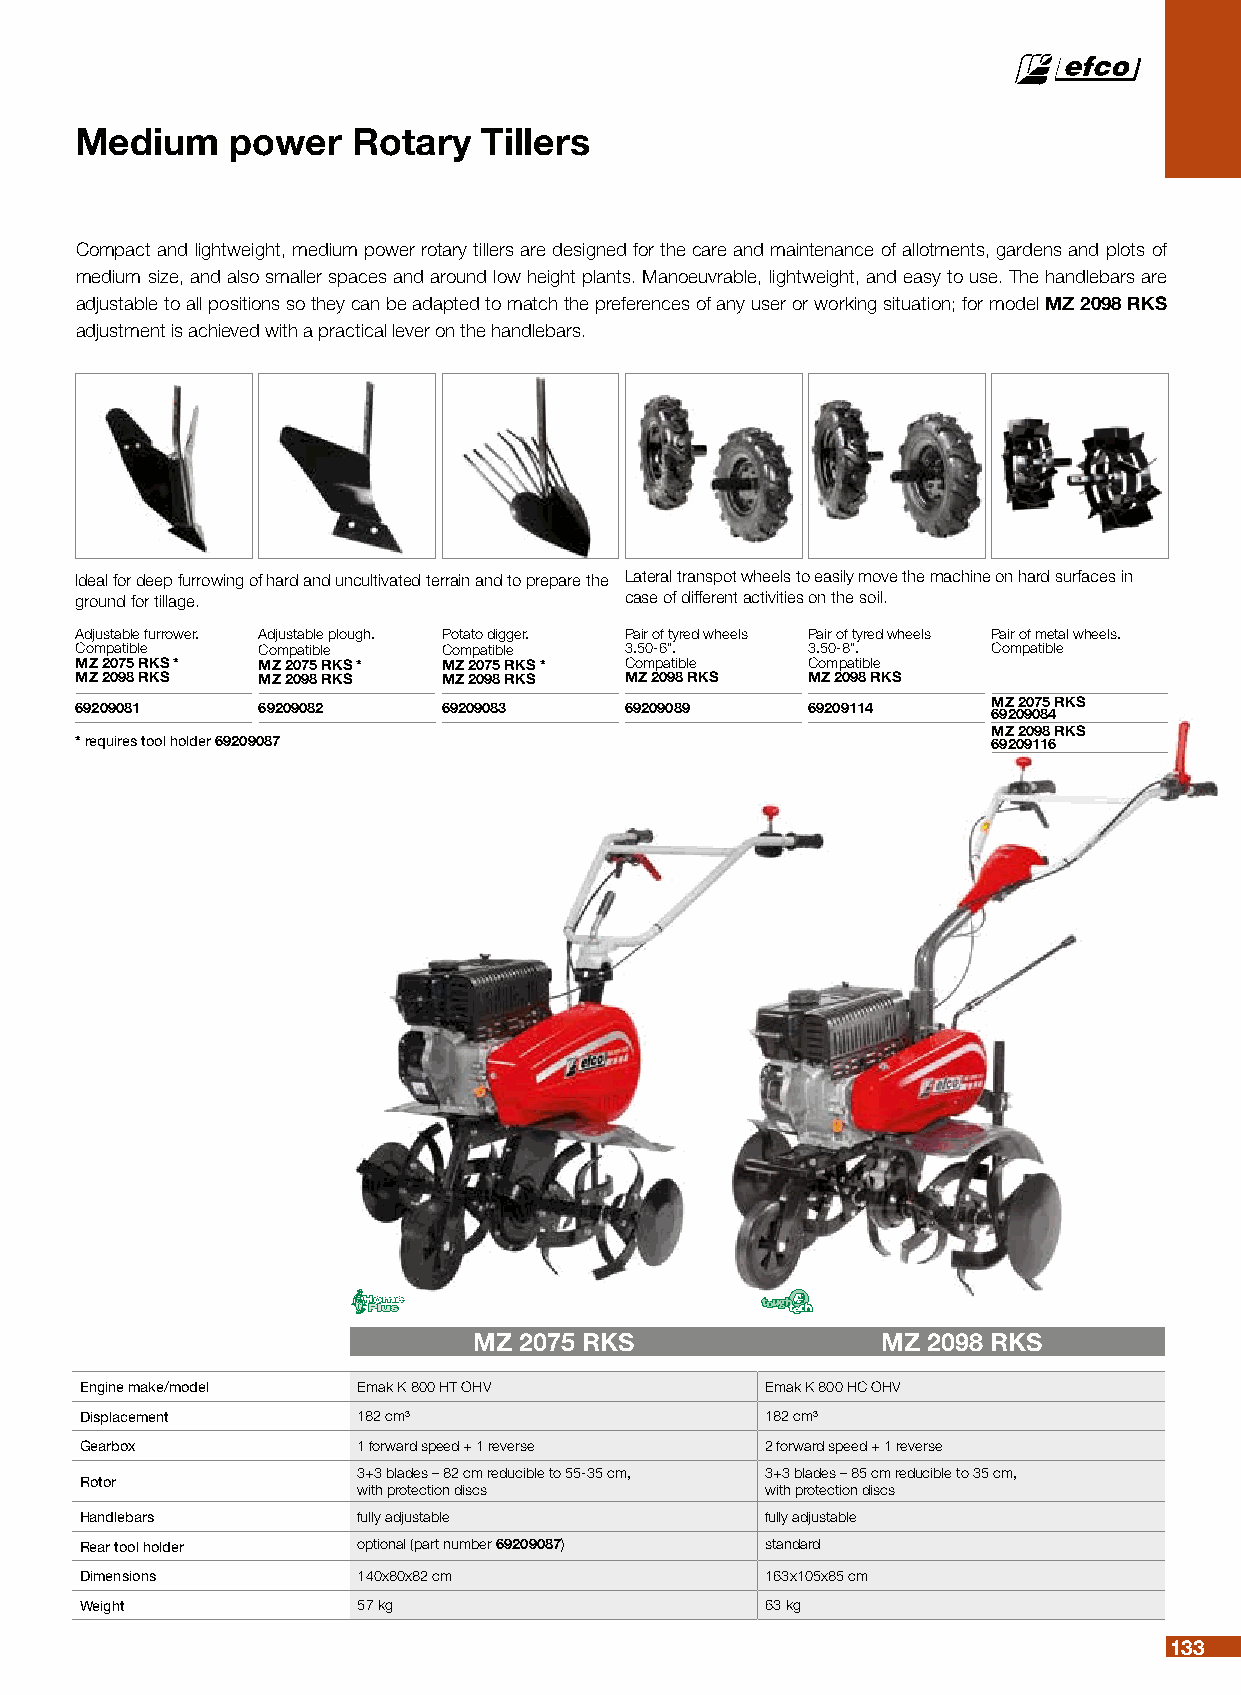
Medium    power   Rotary   Tillers
 Compact and lightweight, medium power rotary tillers are designed for the care and maintenance of allotments, gardens and plots of
 medium size, and also smaller spaces and around low height plants. Manoeuvrable, lightweight, and easy to use. The handlebars are
 adjustable to all positions so they can be adapted to match the preferences of any user or working situation; for model MZ 2098 RKS
 adjustment is achieved with a practical lever on the handlebars.
 Ideal for deep furrowing of hard and uncultivated terrain and to prepare the Lateral transpot wheels to easily move the machine on hard surfaces in
 ground for tillage.                 case of different activities on the soil.
 Adjustable furrower. Adjustable plough. Potato digger. Pair of tyred wheels Pair of tyred wheels Pair of metal wheels.
 Compatible  Compatible  Compatible  3.50-6”.    3.50-8”.     Compatible
 MZ 2075 RKS * MZ 2075 RKS * MZ 2075 RKS * Compatible Compatible
 MZ 2098 RKS MZ 2098 RKS MZ 2098 RKS MZ 2098 RKS MZ 2098 RKS
 MZ 2075 RKS
 69209081    69209082    69209083    69209089    69209114     69209084
 MZ 2098 RKS
 * requires tool holder 69209087                              69209116
 MZ 2075 RKS                MZ 2098 RKS
 Engine make/model  Emak K 800 HT OHV          Emak K 800 HC OHV
 Displacement       182 cm³                    182 cm³
 Gearbox            1 forward speed + 1 reverse 2 forward speed + 1 reverse
 3+3 blades – 82 cm reducible to 55-35 cm, 3+3 blades – 85 cm reducible to 35 cm,
 Rotor
 with protection discs      with protection discs
 Handlebars         fully adjustable           fully adjustable
 Rear tool holder   optional (part number 69209087) standard
 Dimensions         140x80x82 cm               163x105x85 cm
 Weight             57 kg                      63 kg
 133